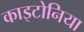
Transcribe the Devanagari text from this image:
काइटोनिया